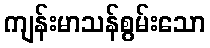
ကျန်းမာသန်စွမ်းသော